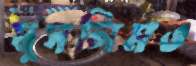
মুসলিমও